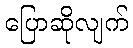
ပြောဆိုလျက်